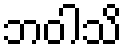
ဘဝါသိ